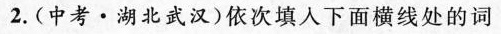
2.(中考·湖北武汉)依次填入下面横线处的词